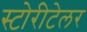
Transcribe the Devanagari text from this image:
स्टोरीटेलर